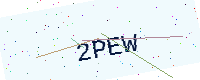
Text: 2PEW